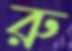
রু